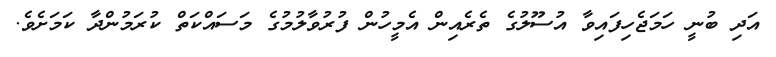
އަދި ބުނީ ހަމަޖެހިފައިވާ އުސޫލުގެ ތެރެއިން އެމީހުން ފުރުވާލުމުގެ މަސައްކަތް ކުރަމުންދާ ކަަމަށެވެ.